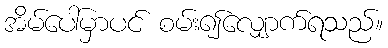
အိမ်ပေါ်မှာပင် စမ်း၍လျှောက်ရသည်။